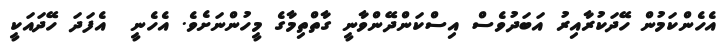
އެހެންކަމުން ހޭދަކުރާއިރު އަބަދުވެސް އިސްކަންދޭންވާނީ ގާތްތިމާގެ މީހުންނަށެވެ. އެހެނީ  އެފަދަ ހޭދައަކީ